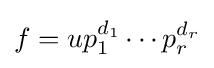
f=up_{1}^{d_{1}}\cdots p_{r}^{d_{r}}